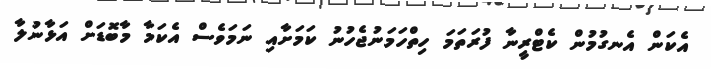
އެކަން އެނގުމުން ކެޓްރީނާ ފުރަތަމަ ހިތްހަމަނުޖެހުނު ކަމަށާއި ނަމަވެސް އެކަމާ މާބޮޑަށް އަޅާނުލާ